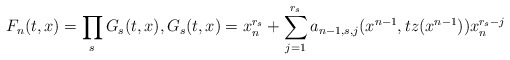
\begin{align*} F_n(t,x) = \prod_s G_s(t,x) , G_{s} (t, x)= x_n^{r_s}+ \sum_{j=1}^{r_s} a_{n-1,s,j} (x^{n-1}, t z(x^{n-1})) x_n^{r_s-j} \end{align*}